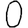
Digit: 0